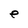
Character: e